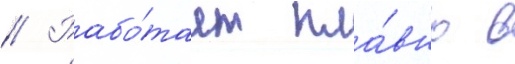
// Рабо́тает пла́вно в